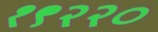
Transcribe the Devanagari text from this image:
१९२२०